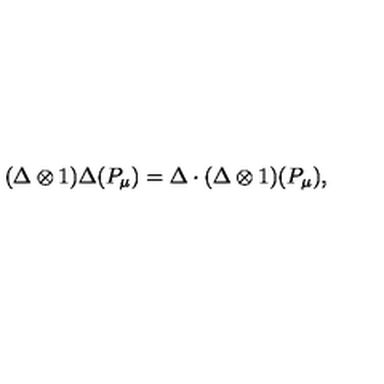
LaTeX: ( \Delta \otimes 1 ) \Delta ( P _ { \mu } ) = \Delta \cdot ( \Delta \otimes 1 ) ( P _ { \mu } ) ,